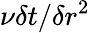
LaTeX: \nu\delta t/\delta r^{2}